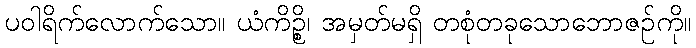
ပဝါရိက်လောက်သော။ ယံကိဉ္စိ၊ အမှတ်မရှိ တစုံတခုသောဘောဇဉ်ကို။